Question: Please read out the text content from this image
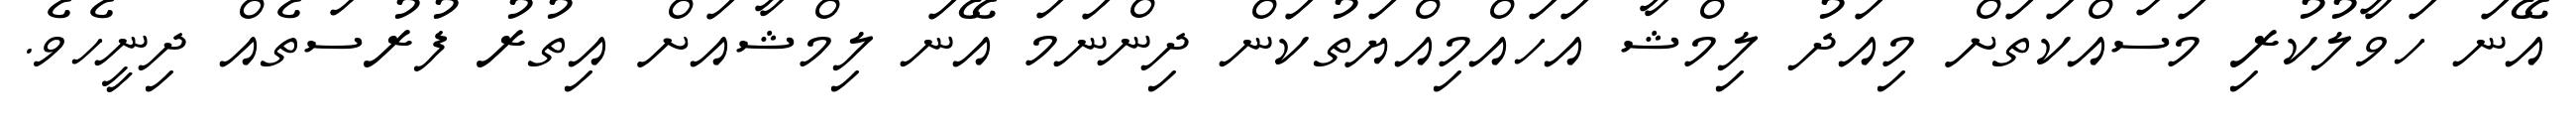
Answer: އޭނަ ހަވާލުކުރި މަސައްކަތަށް މިއަދު ލިމްޝާ އަހައްމިއްޔަތުކަން ދިންނަމަ އޭނަ ލިމްޝާއަށް އިތުރު ފުރުސަތެއް ދިނީހެވެ.